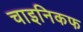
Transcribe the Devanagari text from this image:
चाइनिकफ